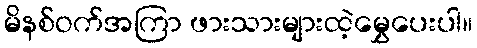
မိနစ်ဝက်အကြာ ဖားသားများထဲ့မွှေပေးပါ။